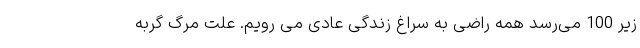
زیر 100 می‌رسد همه راضی به سراغ زندگی عادی می‌ رویم. علت مرگ گربه‌